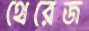
থেরেজ